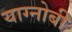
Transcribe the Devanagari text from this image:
याग्नोबी